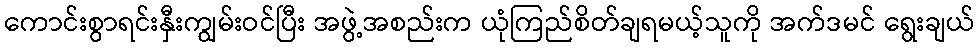
ကောင်းစွာရင်းနှီးကျွမ်းဝင်ပြီး အဖွဲ့အစည်းက ယုံကြည်စိတ်ချရမယ့်သူကို အက်ဒမင် ရွေးချယ်